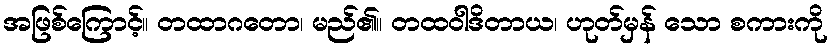
အဖြစ်ကြောင့်။ တထာဂတော၊ မည်၏။ တထဝါဒိတာယ၊ ဟုတ်မှန် သော စကားကို